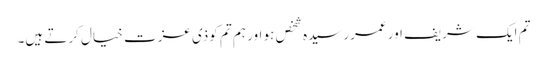
تم ایک شریف اور عمررسیدہ شخص ہو اور ہم تم کوذی عزت خیال کرتے ہیں۔